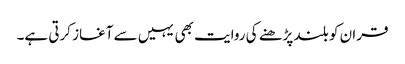
قران کو بلند پڑھنے کی روایت بھی یہیں سے آغاز کرتی ہے۔